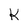
Character: K